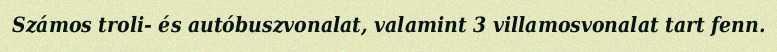
Számos troli- és autóbuszvonalat, valamint 3 villamosvonalat tart fenn.